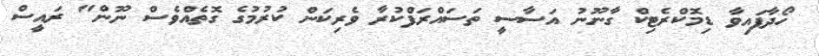
ހޯދާފައިވާ ޑިމޮކްރެޓިކް ގާނޫނު އަސާސީ ތަސައްރަފްކުރާ ވެރިކަން ކުރުމުގެ ގޮތެއްވެސް ނޫން" ރައީސް